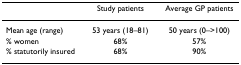
<table><thead><tr><td></td><td><b>Study patients</b></td><td><b>Average GP patients</b></td></tr></thead><tbody><tr><td>Mean age (range)</td><td>53 years (18–81)</td><td>50 years (0–&gt;100)</td></tr><tr><td>% women</td><td>68%</td><td>57%</td></tr><tr><td>% statutorily insured</td><td>68%</td><td>90%</td></tr></tbody></table>